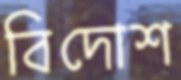
বিদোশ